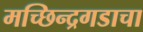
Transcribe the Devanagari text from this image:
मच्छिन्द्रगडाचा